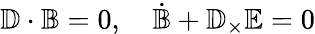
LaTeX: \mathbb{D}\cdot\mathbb{B}=0,\quad\dot{\mathbb{B}}+\mathbb{D}_{\times}\mathbb{E}=0